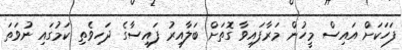
ފަހަކަށް އައިސް މީހުން މަރާފައިވާ ގޮތަށް ބަލާއިރު ފައިސާގެ ދަހިވެތި ކަމުގައި ނުވަތަ